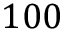
1 0 0